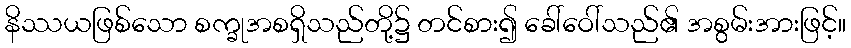
နိဿယဖြစ်သော စက္ခုအစရှိသည်တို့၌ တင်စား၍ ခေါ်ဝေါ်သည်၏ အစွမ်းအားဖြင့်။